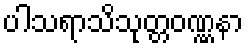
ပါသရာသိသုတ္တဝဏ္ဏနာ